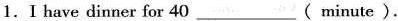
1.I have dinner for 40___( minute ).